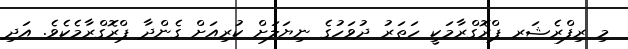
މި ރިފްރެޝަރ ޕްރޮގްރާމަކީ ހަތަރު ދުވަހުގެ ނިޔަލަށް ކުރިއަށް ގެންދާ ޕްރޮގްރާމެކެވެ. އަދި